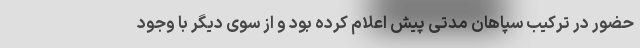
حضور در ترکیب سپاهان مدتی پیش اعلام کرده بود و از سوی دیگر با وجود